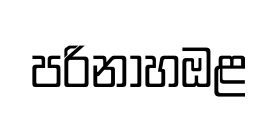
පරිනාහඔළ